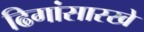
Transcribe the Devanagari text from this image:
ढिगांसारखे